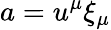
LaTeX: a=u^{\mu}\xi_{\mu}